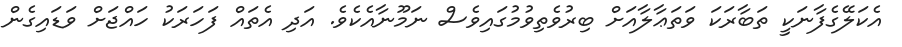
އެކަލޭގެފާނަކީ ތަބާރަކަ ވަތަޢާލާއަށް ބިރުވެތިވުމުގައިވެސް ނަމޫނާއެކެވެ. އަދި އެތައް ފަހަރަކު ހައްޖަށް ވަޑައިގެން